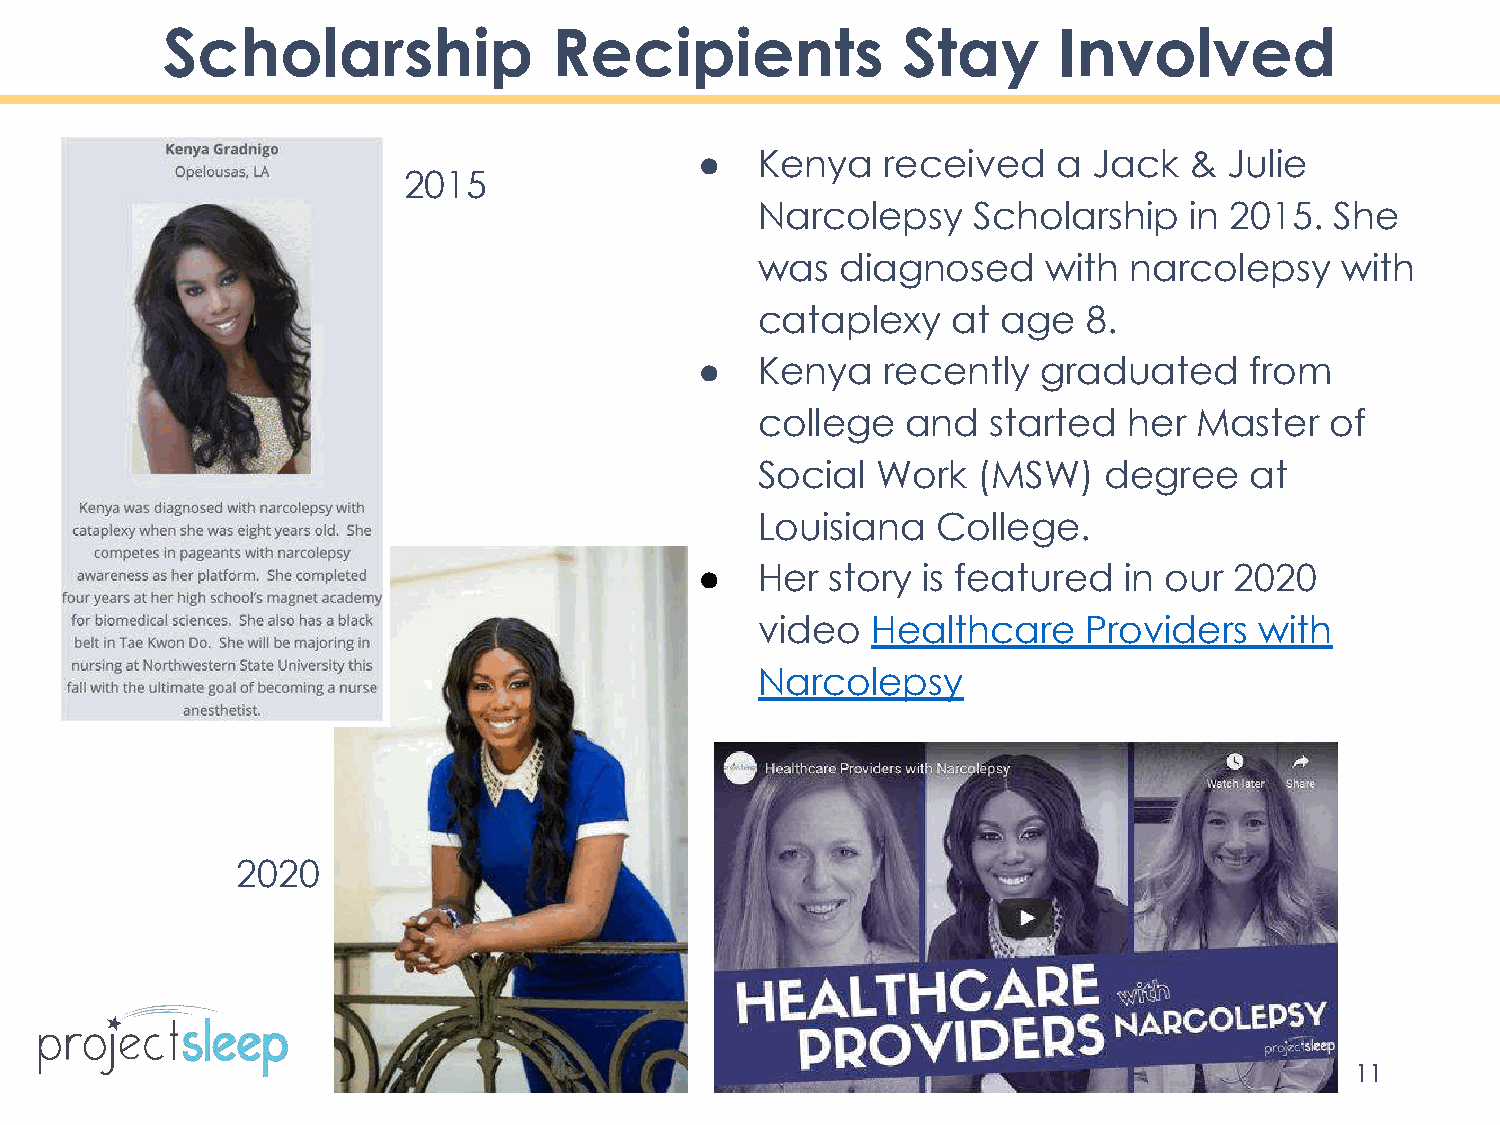
Scholarship               Recipients             Stay      Involved
 ●   Kenya   received    a Jack   & Julie
 2015
 Narcolepsy    Scholarship    in 2015. She
 was   diagnosed    with  narcolepsy    with
 cataplexy    at age   8.
 ●   Kenya   recently   graduated     from
 college   and   started  her Master   of
 Social  Work   (MSW)   degree    at
 Louisiana   College.
 ●   Her  story is featured  in our  2020
 video   Healthcare    Providers  with
 Narcolepsy
 2020
 11